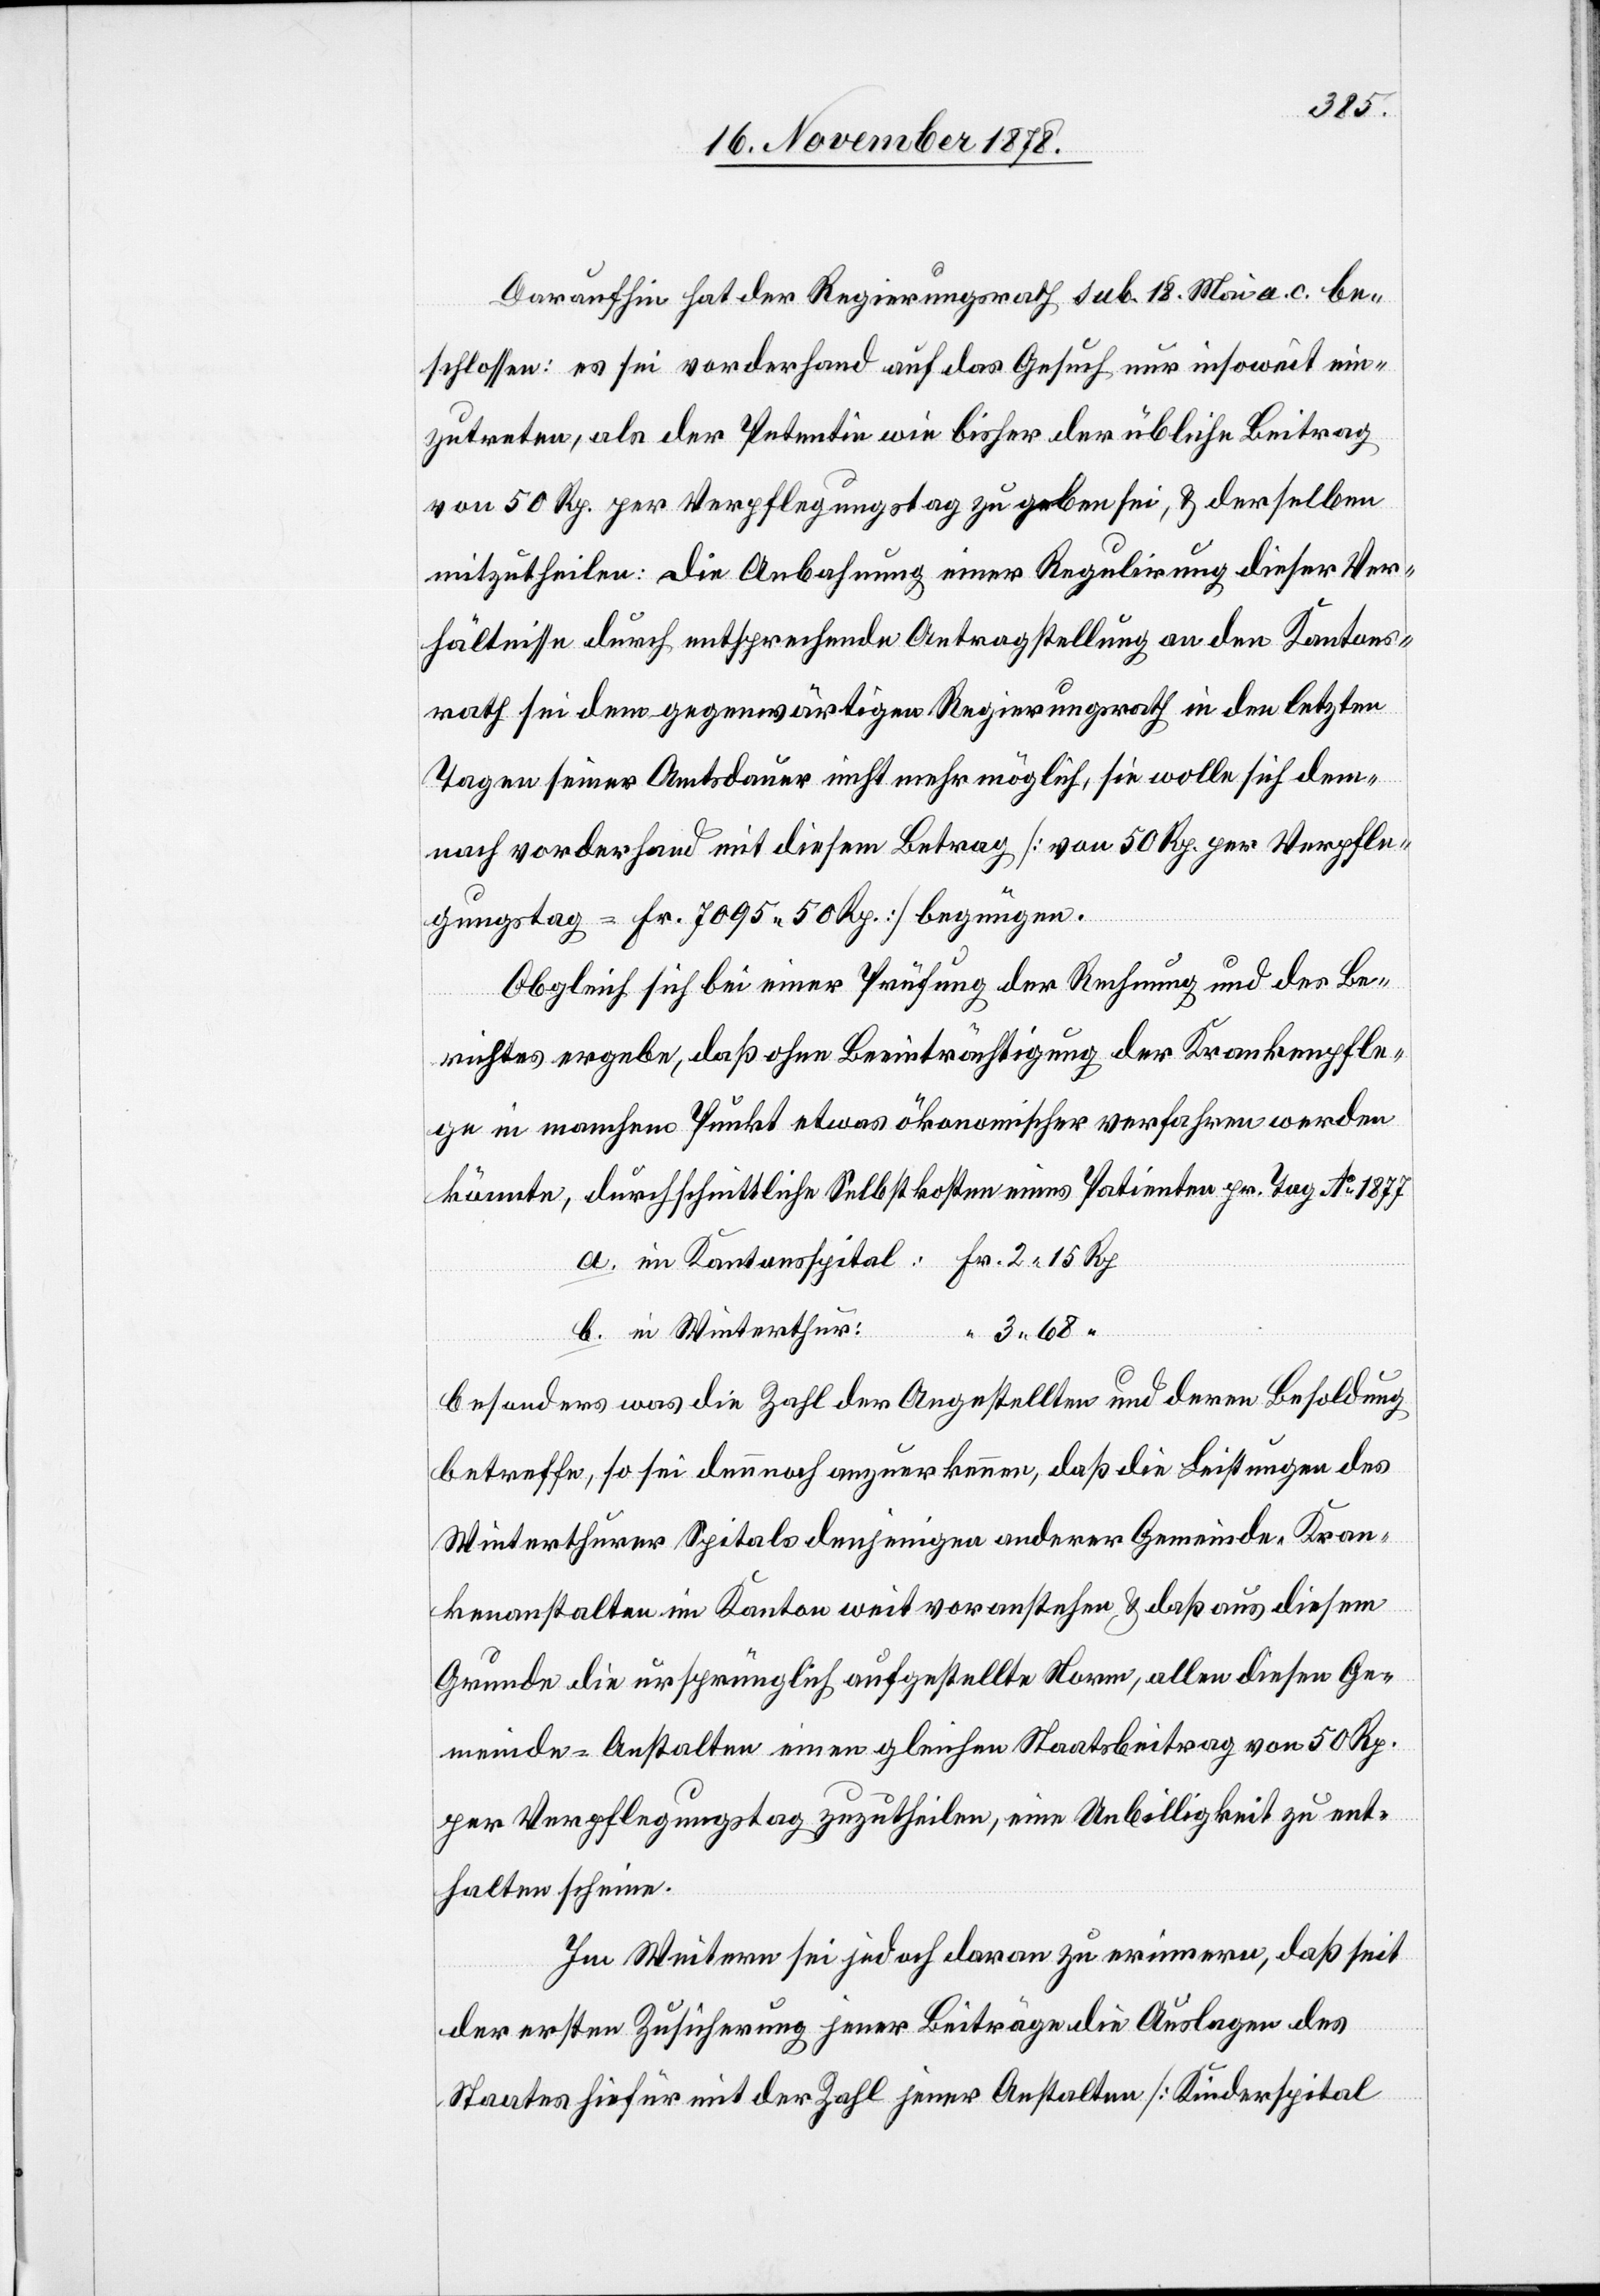
Daraufhin hat der Regierungsrath sub. 18. Mai a. c. be¬
schlossen: es sei vorderhand auf das Gesuch nur insoweit ein¬
zutreten, als der Petentin wie bisher der übliche Beitrag
von 50 Rp. per Verpflegungstag zu geben sei, & derselben
mitzutheilen: die Anbahnung einer Regulirung dieser Ver¬
hältnisse durch entsprechende Antragstellung an den Kantons¬
rath sei dem gegenwärtigen Regierungsrath in den letzten
Tagen seiner Amtsdauer nicht mehr möglich, sie wolle sich den¬
noch vorderhand mit diesem Betrag [von 50 Rp. per Verpfle¬
gungstag = Fr. 7095 50 Rp.] begnügen.
Obgleich sich bei einer Prüfung der Rechnung und des Be¬
richtes ergebe, daß ohne Beeinträchtigung der Krankenpfle¬
ge in manchem Punkt etwas ökonomischer verfahren werden
könnte, durchschnittliche Selbstkosten eines Patienten pr. Tag Ao 1877
a. im Kantonsspital: Fr. 2 15 Rp.
b. in Winterthur:
besonders was die Zahl der Angestellten und deren Besoldung
betreffe, so sei dennoch anzuerkennen, daß die Leistungen des
Winterthurer Spitals denjenigen anderer Gemeinde-Kran¬
kenanstalten im Kanton weit voranstehen & daß aus diesem
Grunde die ursprünglich aufgestellte Norm, allen diesen Ge¬
meinde-Anstalten einen gleichen Staatsbeitrag von 50 Rp.
per Verpflegungstag zuzutheilen, eine Unbilligkeit zu ent¬
halten scheine.
Im Weiteren sei jedoch daran zu erinnern, daß seit
der ersten Zusicherung jener Beiträge die Auslagen des
Staates sich hiefür mit der Zahl jener Anstalten [Kinderspital